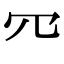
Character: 㓁